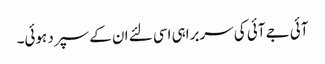
آئی جے آئی کی سربراہی اسی لئے ان کے سپرد ہوئی۔